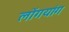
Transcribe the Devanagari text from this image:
लोंगयांग